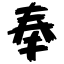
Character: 奉